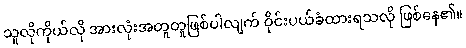
သူလိုကိုယ်လို အားလုံးအတူတူဖြစ်ပါလျက် ဝိုင်းပယ်ခံထားရသလို ဖြစ်နေ၏။